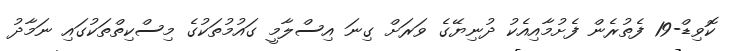
ކޮވިޑް-19 ފެތުރެން ފެށުމާއިއެކު ދުނިޔޭގެ ވަރަށް ގިނަ އިސްލާމީ ގައުމުތަކުގެ މިސްކިތްތަކުގައި ނަމާދު